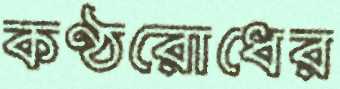
কণ্ঠরোধের